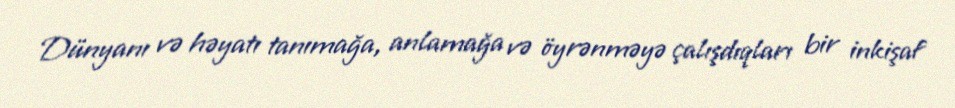
Dünyanı və həyatı tanımağa, anlamağa və öyrənməyə çalışdıqları bir inkişaf